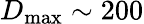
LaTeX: D_{\mathrm{max}}\sim 200